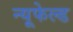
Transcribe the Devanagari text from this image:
न्यूफेल्ड